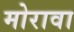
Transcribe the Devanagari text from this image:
मोरावा